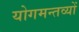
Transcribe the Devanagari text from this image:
योगमन्तव्यों